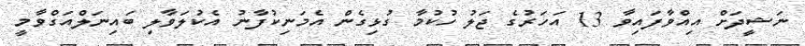
ނަޝީދަށް އިއްވާފައިވާ 13 އަހަރުގެ ޖަލު ހުކުމާ ގުޅިގެން އެމަނިކުފާނު އެކުލަވާލި ބައިނަލްއަގްވާމީ